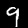
Label: 9